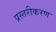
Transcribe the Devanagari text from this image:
प्रस्तरीकरण